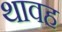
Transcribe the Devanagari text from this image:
थावह